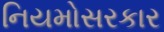
નિયમોસરકાર